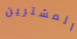
المشترين